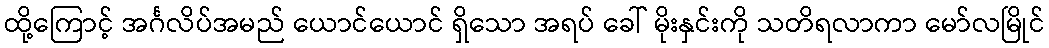
ထို့ကြောင့် အင်္ဂလိပ်အမည် ယောင်ယောင် ရှိသော အရပ် ခေါ် မိုးနှင်းကို သတိရလာကာ မော်လမြိုင်